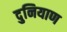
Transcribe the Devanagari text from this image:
दुनियाण